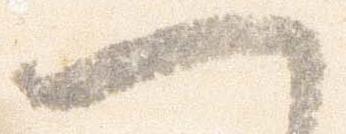
一